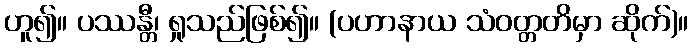
ဟူ၍။ ပဿန္တီ၊ ရှုသည်ဖြစ်၍။ (ပဟာနာယ သံဝတ္တတိမှာ ဆိုက်)။